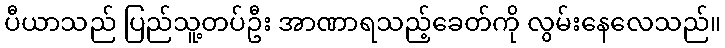
ပီယာသည် ပြည်သူ့တပ်ဦး အာဏာရသည့်ခေတ်ကို လွမ်းနေလေသည်။